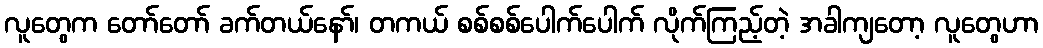
လူတွေက တော်တော် ခက်တယ်နော်၊ တကယ် စစ်စစ်ပေါက်ပေါက် လိုက်ကြည့်တဲ့ အခါကျတော့ လူတွေဟာ